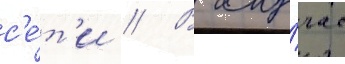
с'е́т'и // В слу́чае